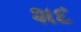
શદ